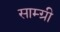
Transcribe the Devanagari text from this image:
साम्ग्री